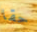
حقا